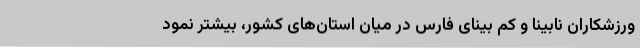
ورزشکاران نابینا و کم بینای فارس در میان استان‌های کشور، بیشتر نمود